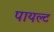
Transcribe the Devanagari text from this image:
पायल्ट